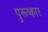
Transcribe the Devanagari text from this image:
पुरूष्कार